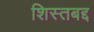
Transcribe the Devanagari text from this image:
शिस्तबद्द